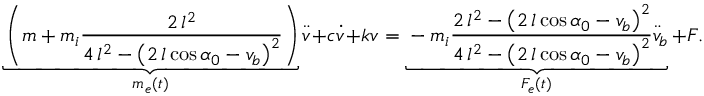
\underbrace { \left( m + m _ { i } \frac { 2 \, l ^ { 2 } } { 4 \, l ^ { 2 } - { \left( 2 \, l \cos { \alpha _ { 0 } } - v _ { b } \right) } ^ { 2 } } \right) } _ { m _ { e } ( t ) } \ddot { v } + c \dot { v } + k v = \underbrace { - m _ { i } \frac { 2 \, l ^ { 2 } - \left( 2 \, l \cos { \alpha _ { 0 } } - v _ { b } \right) ^ { 2 } } { 4 \, l ^ { 2 } - { \left( 2 \, l \cos { \alpha _ { 0 } } - v _ { b } \right) } ^ { 2 } } \ddot { v } _ { b } } _ { F _ { e } ( t ) } + F .